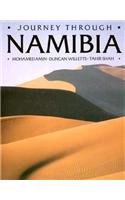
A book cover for Journey Through Namibia; Mohamed Amin; Travel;